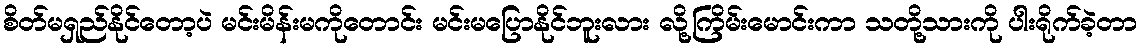
စိတ်မရှည်နိုင်တော့ပဲ မင်းမိန်းမကိုတောင်း မင်းမပြောနိုင်ဘူးလား လို့ကြိမ်းမောင်းကာ သတို့သားကို ပါးရိုက်ခဲ့တာ